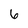
Character: 6